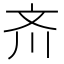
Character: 𪯠